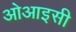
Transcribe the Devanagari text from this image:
ओआइसी